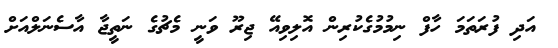
އަދި ފުރަތަމަ ހާފް ނިމުމުގެކުރިން އޮލިވިއޭ ޖިރޫ ވަނީ މެޗުގެ ނަތީޖާ އާސެނަލްއަށް